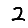
Digit: 2